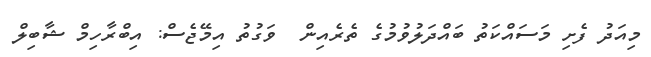
މިއަދު ފެށި މަސައްކަތު ބައްދަލުވުމުގެ ތެރެއިން  ވަގުތު އިމޭޖެސް: އިބްރާހިމް ޝާބިލް